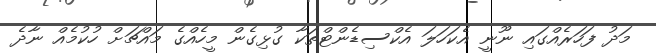
މަދު ފަހަރެއްގައި ނޫނީ އެކަހަލަ އެކްސިޑެންޓްތަކާ ގުޅިގެން މީހެއްގެ މައްޗަށް ހުކުމެއް ނާދެ